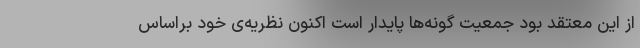
از این معتقد بود جمعیت گونه‌ها پایدار است اکنون نظریه‌ی خود براساس